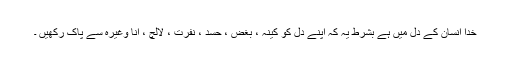
خدا انسان کے دل میں ہے بشرط یہ کہ اپنے دل کو کینہ ، بغض ، حسد ، نفرت ، لالچ ، اَنا وغیرہ سے پاک رکھیں ۔